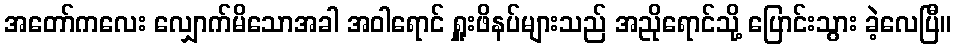
အတော်ကလေး လျှောက်မိသောအခါ အဝါရောင် ရှူးဖိနပ်များသည် အညိုရောင်သို့ ပြောင်းသွား ခဲ့လေပြီ။